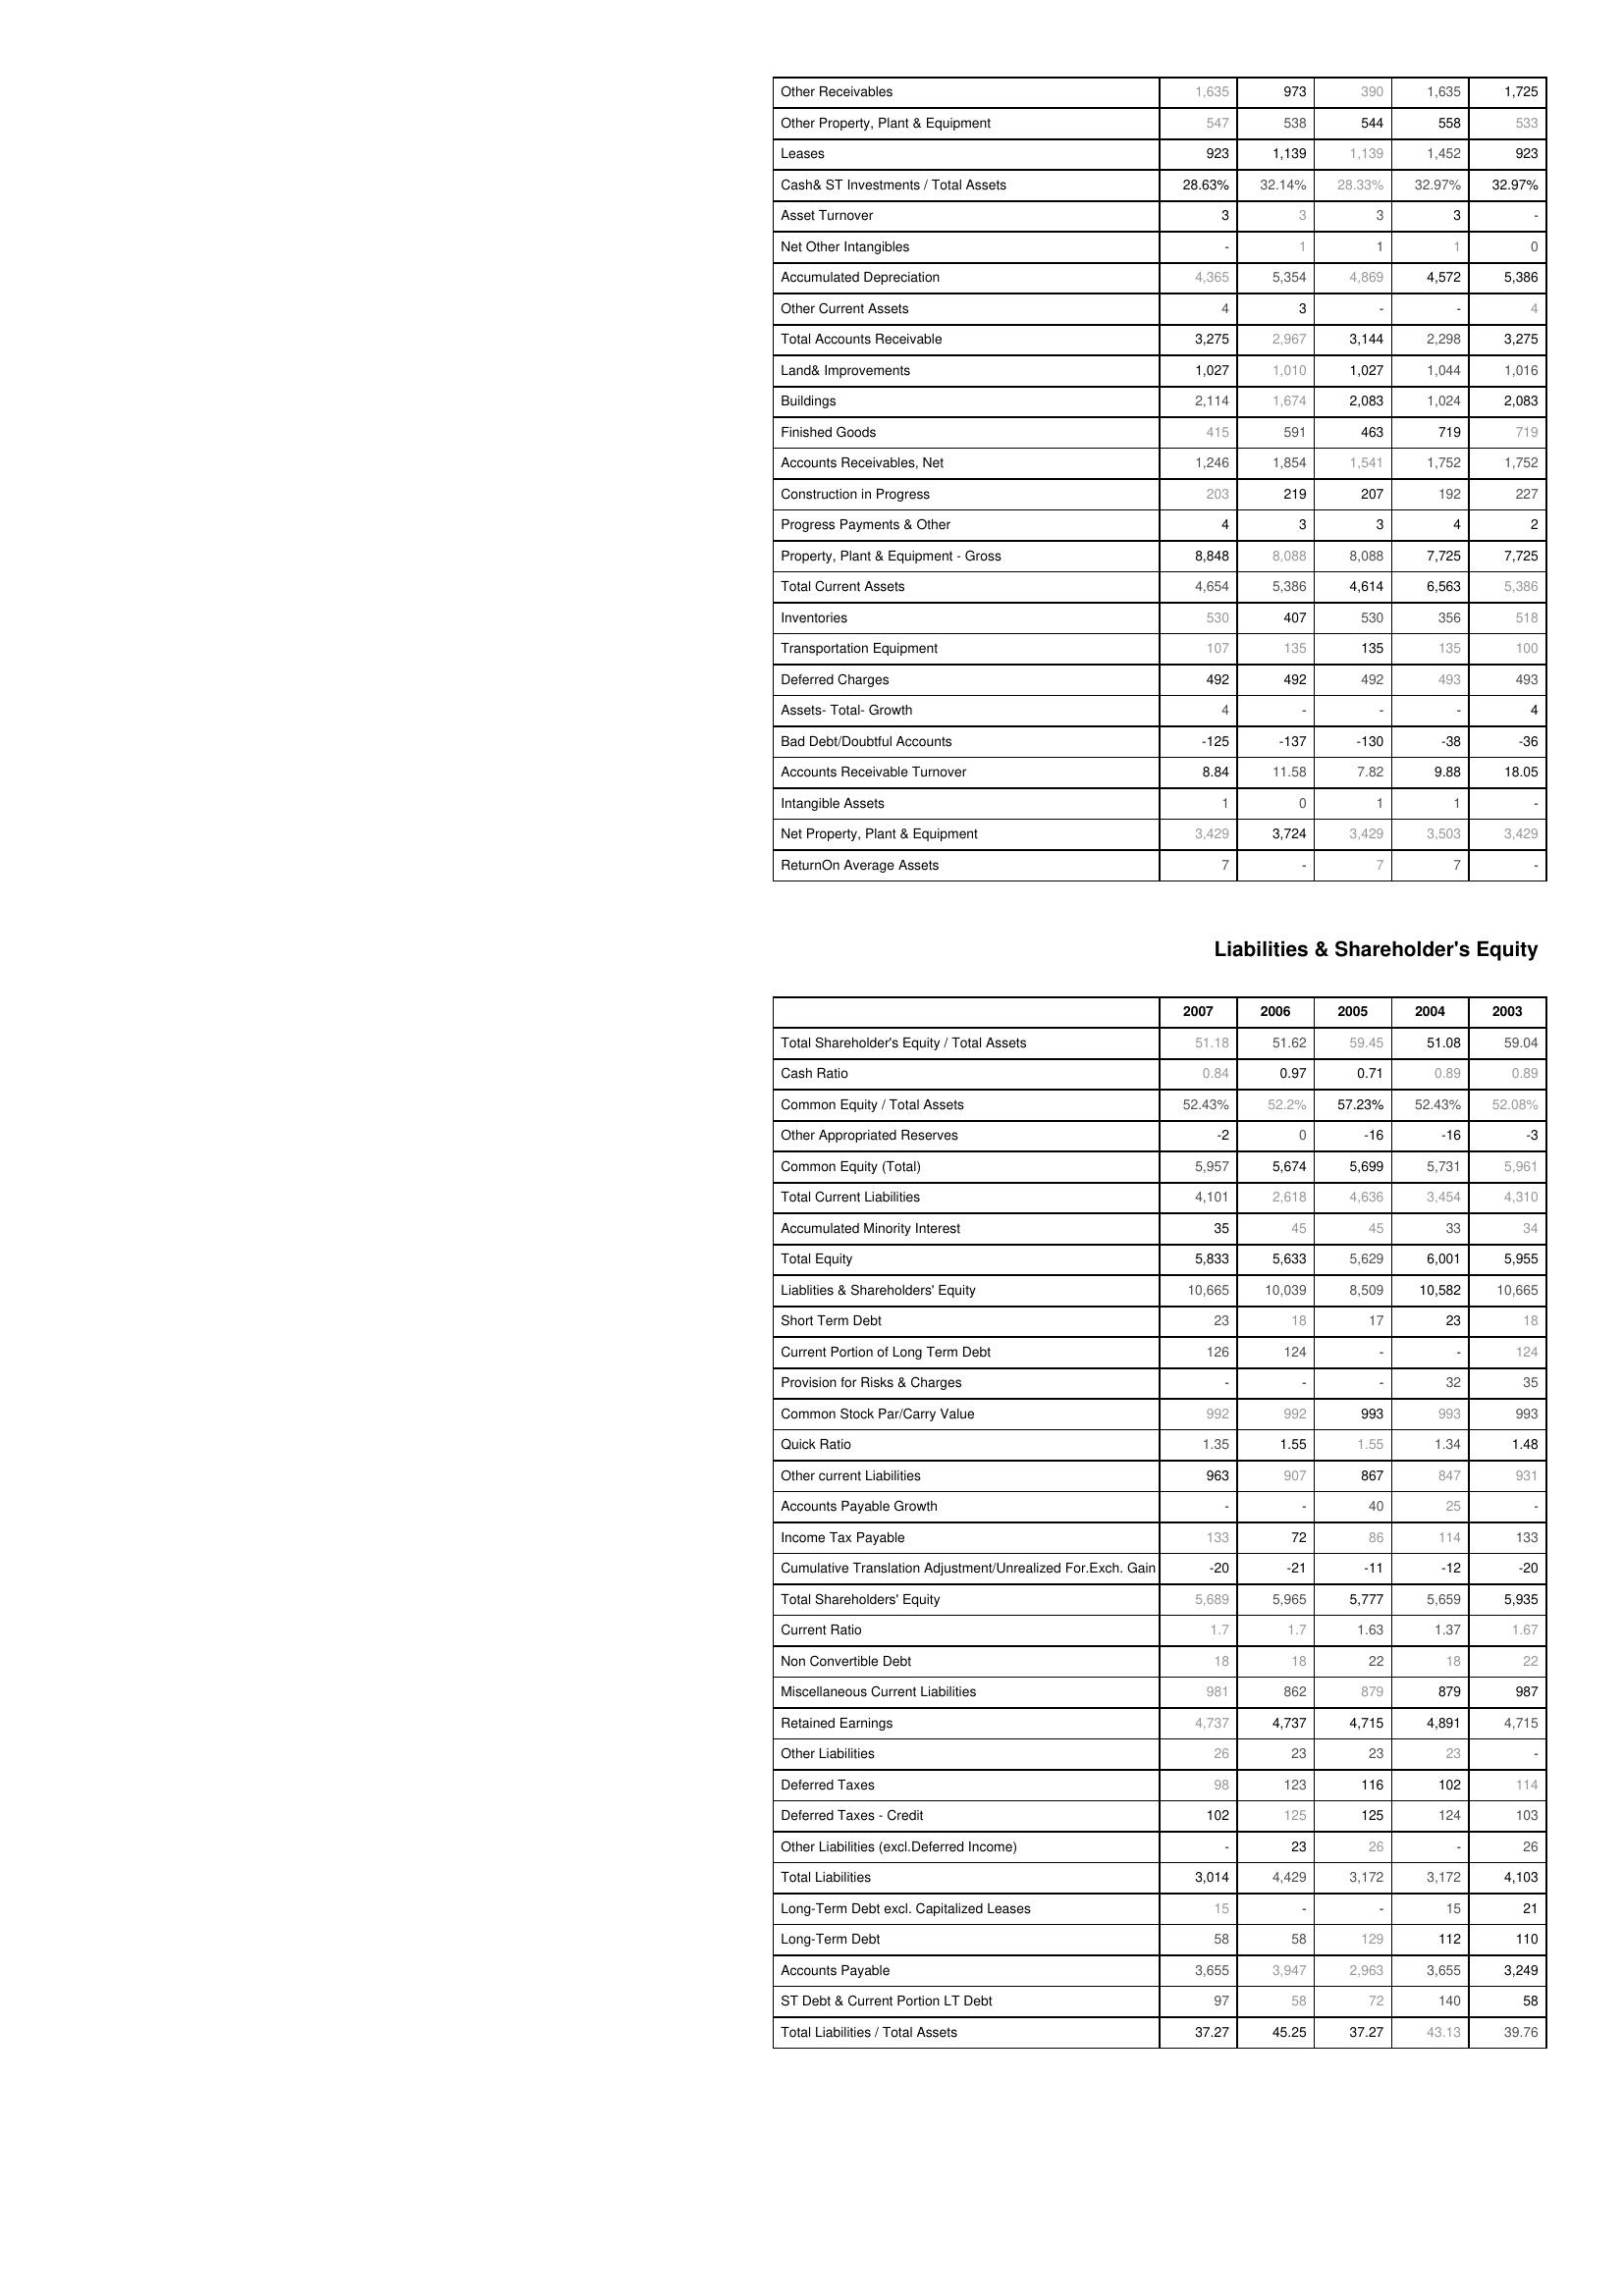
2007: Assets: Other Receivables: 1,635
Other Property, Plant & Equipment: 547
Leases: 923
Cash& ST Investments / Total Assets: 28.63%
Asset Turnover: 3
Net Other Intangibles: -
Accumulated Depreciation: 4,365
Other Current Assets: 4
Total Accounts Receivable: 3,275
Land& Improvements: 1,027
Buildings: 2,114
Finished Goods: 415
Accounts Receivables, Net: 1,246
Construction in Progress: 203
Progress Payments & Other: 4
Property, Plant & Equipment - Gross : 8,848
Total Current Assets: 4,654
Inventories: 530
Transportation Equipment: 107
Deferred Charges: 492
Assets- Total- Growth: 4
Bad Debt/Doubtful Accounts: -125
Accounts Receivable Turnover: 8.84
Intangible Assets: 1
Net Property, Plant & Equipment: 3,429
ReturnOn Average Assets: 7
Liabilities & Shareholder's Equity: Total Shareholder's Equity / Total Assets: 51.18
Cash Ratio: 0.84
Common Equity / Total Assets: 52.43%
Other Appropriated Reserves: -2
Common Equity (Total): 5,957
Total Current Liabilities: 4,101
Accumulated Minority Interest: 35
Total Equity: 5,833
Liablities & Shareholders' Equity: 10,665
Short Term Debt: 23
Current Portion of Long Term Debt: 126
Provision for Risks & Charges: -
Common Stock Par/Carry Value: 992
Quick Ratio: 1.35
Other current Liabilities: 963
Accounts Payable Growth: -
Income Tax Payable: 133
Cumulative Translation Adjustment/Unrealized For.Exch. Gain: -20
Total Shareholders' Equity: 5,689
Current Ratio: 1.7
Non Convertible Debt: 18
Miscellaneous Current Liabilities: 981
Retained Earnings: 4,737
Other Liabilities: 26
Deferred Taxes: 98
Deferred Taxes - Credit: 102
Other Liabilities (excl.Deferred Income): -
Total Liabilities: 3,014
Long-Term Debt excl. Capitalized Leases: 15
Long-Term Debt: 58
Accounts Payable: 3,655
ST Debt & Current Portion LT Debt: 97
Total Liabilities / Total Assets: 37.27
2006: Assets: Other Receivables: 973
Other Property, Plant & Equipment: 538
Leases: 1,139
Cash& ST Investments / Total Assets: 32.14%
Asset Turnover: 3
Net Other Intangibles: 1
Accumulated Depreciation: 5,354
Other Current Assets: 3
Total Accounts Receivable: 2,967
Land& Improvements: 1,010
Buildings: 1,674
Finished Goods: 591
Accounts Receivables, Net: 1,854
Construction in Progress: 219
Progress Payments & Other: 3
Property, Plant & Equipment - Gross : 8,088
Total Current Assets: 5,386
Inventories: 407
Transportation Equipment: 135
Deferred Charges: 492
Assets- Total- Growth: -
Bad Debt/Doubtful Accounts: -137
Accounts Receivable Turnover: 11.58
Intangible Assets: 0
Net Property, Plant & Equipment: 3,724
ReturnOn Average Assets: -
Liabilities & Shareholder's Equity: Total Shareholder's Equity / Total Assets: 51.62
Cash Ratio: 0.97
Common Equity / Total Assets: 52.2%
Other Appropriated Reserves: 0
Common Equity (Total): 5,674
Total Current Liabilities: 2,618
Accumulated Minority Interest: 45
Total Equity: 5,633
Liablities & Shareholders' Equity: 10,039
Short Term Debt: 18
Current Portion of Long Term Debt: 124
Provision for Risks & Charges: -
Common Stock Par/Carry Value: 992
Quick Ratio: 1.55
Other current Liabilities: 907
Accounts Payable Growth: -
Income Tax Payable: 72
Cumulative Translation Adjustment/Unrealized For.Exch. Gain: -21
Total Shareholders' Equity: 5,965
Current Ratio: 1.7
Non Convertible Debt: 18
Miscellaneous Current Liabilities: 862
Retained Earnings: 4,737
Other Liabilities: 23
Deferred Taxes: 123
Deferred Taxes - Credit: 125
Other Liabilities (excl.Deferred Income): 23
Total Liabilities: 4,429
Long-Term Debt excl. Capitalized Leases: -
Long-Term Debt: 58
Accounts Payable: 3,947
ST Debt & Current Portion LT Debt: 58
Total Liabilities / Total Assets: 45.25
2005: Assets: Other Receivables: 390
Other Property, Plant & Equipment: 544
Leases: 1,139
Cash& ST Investments / Total Assets: 28.33%
Asset Turnover: 3
Net Other Intangibles: 1
Accumulated Depreciation: 4,869
Other Current Assets: -
Total Accounts Receivable: 3,144
Land& Improvements: 1,027
Buildings: 2,083
Finished Goods: 463
Accounts Receivables, Net: 1,541
Construction in Progress: 207
Progress Payments & Other: 3
Property, Plant & Equipment - Gross : 8,088
Total Current Assets: 4,614
Inventories: 530
Transportation Equipment: 135
Deferred Charges: 492
Assets- Total- Growth: -
Bad Debt/Doubtful Accounts: -130
Accounts Receivable Turnover: 7.82
Intangible Assets: 1
Net Property, Plant & Equipment: 3,429
ReturnOn Average Assets: 7
Liabilities & Shareholder's Equity: Total Shareholder's Equity / Total Assets: 59.45
Cash Ratio: 0.71
Common Equity / Total Assets: 57.23%
Other Appropriated Reserves: -16
Common Equity (Total): 5,699
Total Current Liabilities: 4,636
Accumulated Minority Interest: 45
Total Equity: 5,629
Liablities & Shareholders' Equity: 8,509
Short Term Debt: 17
Current Portion of Long Term Debt: -
Provision for Risks & Charges: -
Common Stock Par/Carry Value: 993
Quick Ratio: 1.55
Other current Liabilities: 867
Accounts Payable Growth: 40
Income Tax Payable: 86
Cumulative Translation Adjustment/Unrealized For.Exch. Gain: -11
Total Shareholders' Equity: 5,777
Current Ratio: 1.63
Non Convertible Debt: 22
Miscellaneous Current Liabilities: 879
Retained Earnings: 4,715
Other Liabilities: 23
Deferred Taxes: 116
Deferred Taxes - Credit: 125
Other Liabilities (excl.Deferred Income): 26
Total Liabilities: 3,172
Long-Term Debt excl. Capitalized Leases: -
Long-Term Debt: 129
Accounts Payable: 2,963
ST Debt & Current Portion LT Debt: 72
Total Liabilities / Total Assets: 37.27
2004: Assets: Other Receivables: 1,635
Other Property, Plant & Equipment: 558
Leases: 1,452
Cash& ST Investments / Total Assets: 32.97%
Asset Turnover: 3
Net Other Intangibles: 1
Accumulated Depreciation: 4,572
Other Current Assets: -
Total Accounts Receivable: 2,298
Land& Improvements: 1,044
Buildings: 1,024
Finished Goods: 719
Accounts Receivables, Net: 1,752
Construction in Progress: 192
Progress Payments & Other: 4
Property, Plant & Equipment - Gross : 7,725
Total Current Assets: 6,563
Inventories: 356
Transportation Equipment: 135
Deferred Charges: 493
Assets- Total- Growth: -
Bad Debt/Doubtful Accounts: -38
Accounts Receivable Turnover: 9.88
Intangible Assets: 1
Net Property, Plant & Equipment: 3,503
ReturnOn Average Assets: 7
Liabilities & Shareholder's Equity: Total Shareholder's Equity / Total Assets: 51.08
Cash Ratio: 0.89
Common Equity / Total Assets: 52.43%
Other Appropriated Reserves: -16
Common Equity (Total): 5,731
Total Current Liabilities: 3,454
Accumulated Minority Interest: 33
Total Equity: 6,001
Liablities & Shareholders' Equity: 10,582
Short Term Debt: 23
Current Portion of Long Term Debt: -
Provision for Risks & Charges: 32
Common Stock Par/Carry Value: 993
Quick Ratio: 1.34
Other current Liabilities: 847
Accounts Payable Growth: 25
Income Tax Payable: 114
Cumulative Translation Adjustment/Unrealized For.Exch. Gain: -12
Total Shareholders' Equity: 5,659
Current Ratio: 1.37
Non Convertible Debt: 18
Miscellaneous Current Liabilities: 879
Retained Earnings: 4,891
Other Liabilities: 23
Deferred Taxes: 102
Deferred Taxes - Credit: 124
Other Liabilities (excl.Deferred Income): -
Total Liabilities: 3,172
Long-Term Debt excl. Capitalized Leases: 15
Long-Term Debt: 112
Accounts Payable: 3,655
ST Debt & Current Portion LT Debt: 140
Total Liabilities / Total Assets: 43.13
2003: Assets: Other Receivables: 1,725
Other Property, Plant & Equipment: 533
Leases: 923
Cash& ST Investments / Total Assets: 32.97%
Asset Turnover: -
Net Other Intangibles: 0
Accumulated Depreciation: 5,386
Other Current Assets: 4
Total Accounts Receivable: 3,275
Land& Improvements: 1,016
Buildings: 2,083
Finished Goods: 719
Accounts Receivables, Net: 1,752
Construction in Progress: 227
Progress Payments & Other: 2
Property, Plant & Equipment - Gross : 7,725
Total Current Assets: 5,386
Inventories: 518
Transportation Equipment: 100
Deferred Charges: 493
Assets- Total- Growth: 4
Bad Debt/Doubtful Accounts: -36
Accounts Receivable Turnover: 18.05
Intangible Assets: -
Net Property, Plant & Equipment: 3,429
ReturnOn Average Assets: -
Liabilities & Shareholder's Equity: Total Shareholder's Equity / Total Assets: 59.04
Cash Ratio: 0.89
Common Equity / Total Assets: 52.08%
Other Appropriated Reserves: -3
Common Equity (Total): 5,961
Total Current Liabilities: 4,310
Accumulated Minority Interest: 34
Total Equity: 5,955
Liablities & Shareholders' Equity: 10,665
Short Term Debt: 18
Current Portion of Long Term Debt: 124
Provision for Risks & Charges: 35
Common Stock Par/Carry Value: 993
Quick Ratio: 1.48
Other current Liabilities: 931
Accounts Payable Growth: -
Income Tax Payable: 133
Cumulative Translation Adjustment/Unrealized For.Exch. Gain: -20
Total Shareholders' Equity: 5,935
Current Ratio: 1.67
Non Convertible Debt: 22
Miscellaneous Current Liabilities: 987
Retained Earnings: 4,715
Other Liabilities: -
Deferred Taxes: 114
Deferred Taxes - Credit: 103
Other Liabilities (excl.Deferred Income): 26
Total Liabilities: 4,103
Long-Term Debt excl. Capitalized Leases: 21
Long-Term Debt: 110
Accounts Payable: 3,249
ST Debt & Current Portion LT Debt: 58
Total Liabilities / Total Assets: 39.76